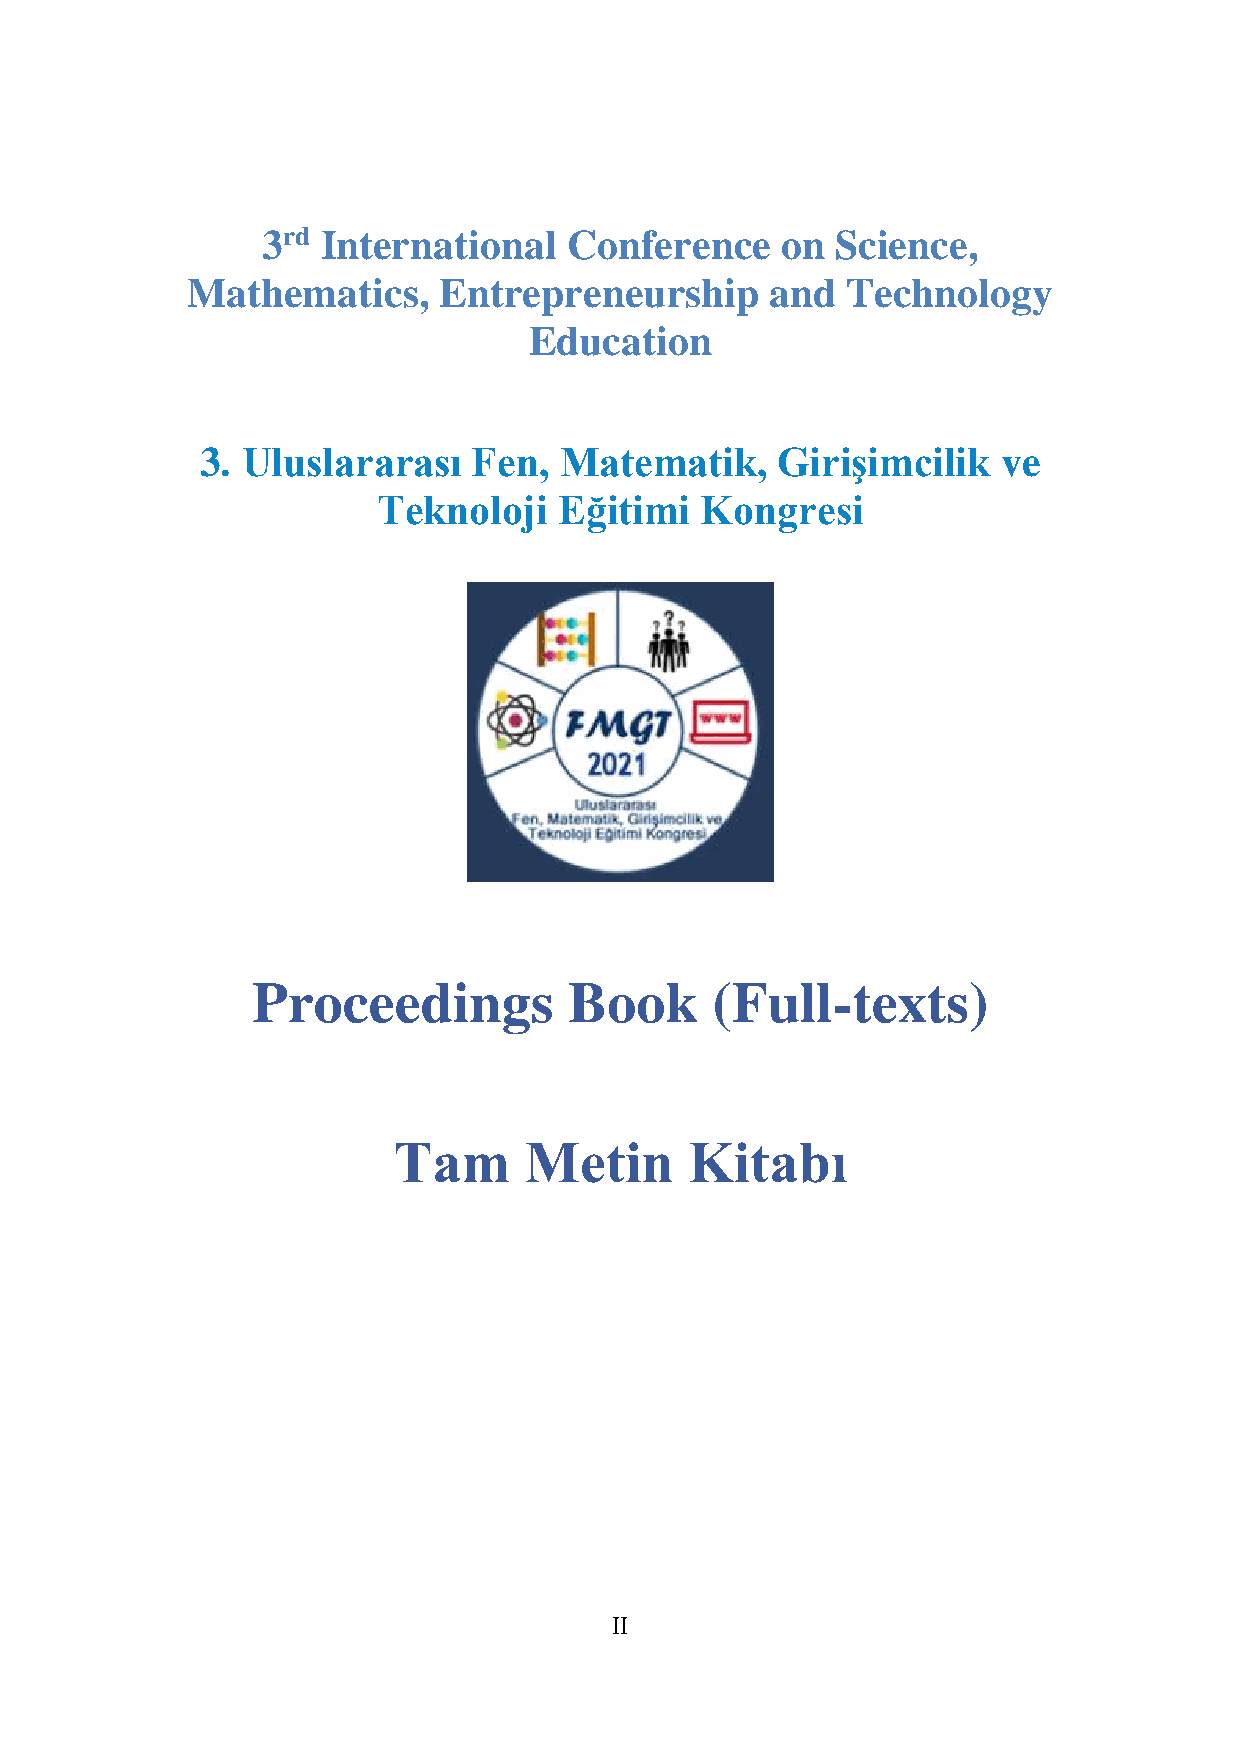
3rd International    Conference    on Science,
 Mathematics,     Entrepreneurship      and  Technology
 Education
 3. Uluslararası   Fen,  Matematik,    Girişimcilik   ve
 Teknoloji   Eğitimi  Kongresi
 Proceedings          Book     (Full-texts)
 Tam      Metin      Kitabı
 II